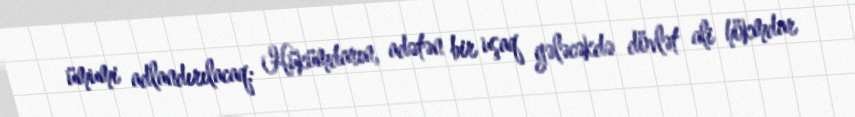
ümumi adlandırılacaq: Hükümdarın, adətən bir uşaq gələcəkdə dövlət ali hökmdar